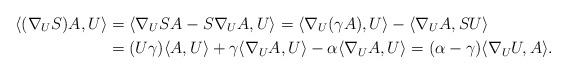
LaTeX: \begin{align*}\langle(\nabla_U S)A,U\rangle&{}=\langle\nabla_U SA-S\nabla_UA,U\rangle=\langle\nabla_U(\gamma A),U\rangle-\langle \nabla_UA,SU\rangle\\&{}=(U\gamma)\langle A,U\rangle+\gamma\langle\nabla_UA,U\rangle-\alpha\langle\nabla_UA,U\rangle=(\alpha-\gamma)\langle\nabla_UU,A\rangle.\end{align*}